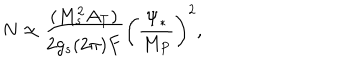
LaTeX: N \simeq \frac { ( M _ { s } ^ { 2 } A _ { T } ) } { 2 g _ { s } ( 2 \pi ) F } \left( \frac { \Psi _ { * } } { M _ { P } } \right) ^ { 2 } ,